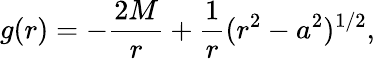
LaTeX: g(r)=-{\frac{2M}{r}}+{\frac{1}{r}}(r^{2}-a^{2})^{1/2},